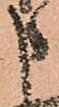
申